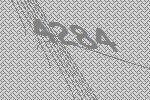
4284